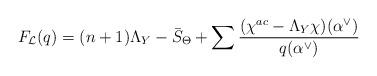
LaTeX: \begin{align*}F_{\mathcal{L}}(q)=(n+1)\Lambda_Y-\bar{S}_{\Theta}+\sum\frac{(\chi^{ac}-\Lambda_Y\chi)(\alpha^{\vee})}{q(\alpha^{\vee})}\end{align*}